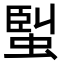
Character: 𧌟